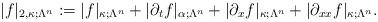
LaTeX: \begin{align*}|f|_{2,\kappa;\Lambda^n} &:= |f|_{\kappa;\Lambda^n} + |\partial_t f|_{\alpha;\Lambda^n} + |\partial_x f|_{\kappa;\Lambda^n} + |\partial_{xx} f|_{\kappa;\Lambda^n}.\end{align*}